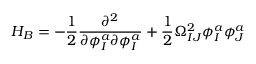
H _ { B } = - \frac { 1 } { 2 } \frac { \partial ^ { 2 } } { \partial \phi _ { I } ^ { a } \partial \phi _ { I } ^ { a } } + \frac { 1 } { 2 } \Omega _ { I J } ^ { 2 } \phi _ { I } ^ { a } \phi _ { J } ^ { a }